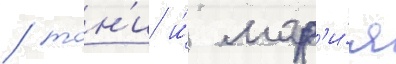
/ тон'и и́ мар'и́я